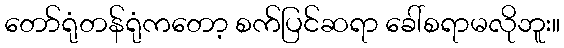
တော်ရုံတန်ရုံကတော့ စက်ပြင်ဆရာ ခေါ်စရာမလိုဘူး။